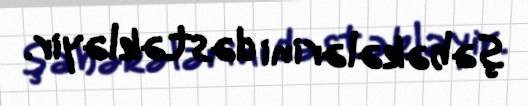
şəbəkələrini dəstəkləyir.